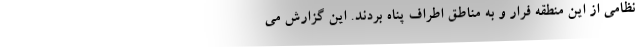
نظامی از این منطقه فرار و به مناطق اطراف پناه بردند. این گزارش می